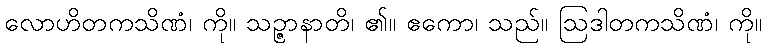
လောဟိတကသိဏံ၊ ကို။ သဉ္ဇာနာတိ၊ ၏။ ဧကော၊ သည်။ ဩဒါတကသိဏံ၊ ကို။